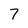
Character: 7